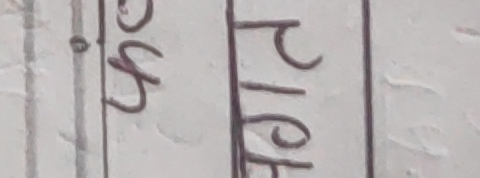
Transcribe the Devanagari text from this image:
०४५ पिएफ